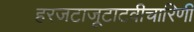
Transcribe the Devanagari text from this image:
हरजटाजूटाटवीचारिणी